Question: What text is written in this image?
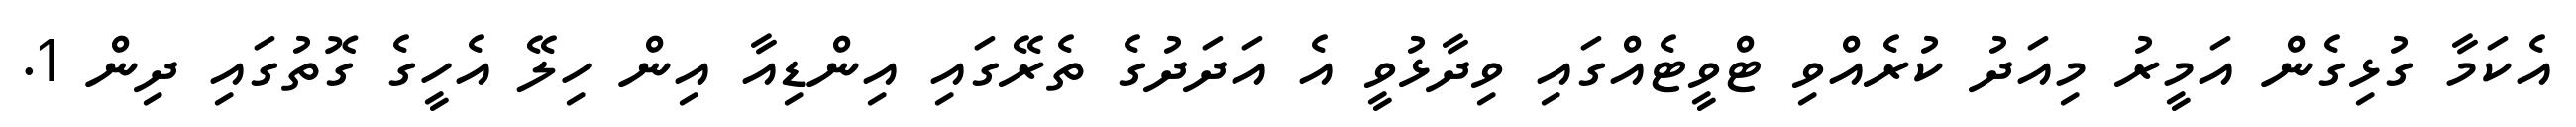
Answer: އެކަމާ ގުޅިގެން އަމީރު މިއަދު ކުރެއްވި ޓްވީޓެއްގައި ވިދާޅުވީ އެ އަދަދުގެ ތެރޭގައި އިންޑިއާ އިން ހިލޭ އެހީގެ ގޮތުގައި ދިން 1.